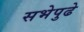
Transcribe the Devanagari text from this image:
सभेपुढे